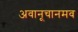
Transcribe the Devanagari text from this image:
अवानूचानमव